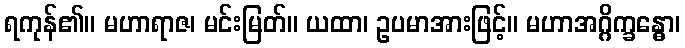
ရကုန်၏။ မဟာရာဇ၊ မင်းမြတ်။ ယထာ၊ ဥပမာအားဖြင့်။ မဟာအဂ္ဂိက္ခန္ဓော၊